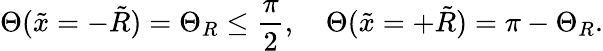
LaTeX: \Theta(\tilde{x}=-\tilde{R})=\Theta_{R}\le\frac{\pi}{2},\quad\Theta(\tilde{x}=+\tilde{R})=\pi-\Theta_{R}.